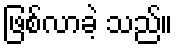
ဖြစ်လာခဲ့ သည်။